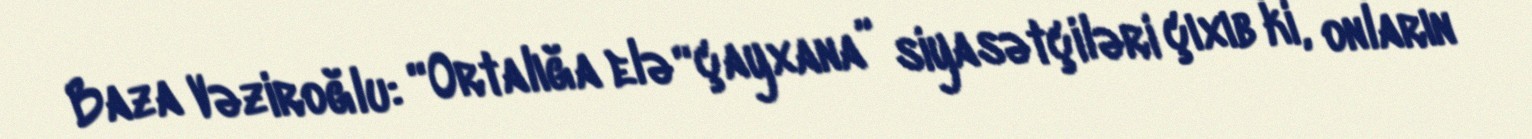
Baza Vəziroğlu: “Ortalığa elə “çayxana” siyasətçiləri çıxıb ki, onların